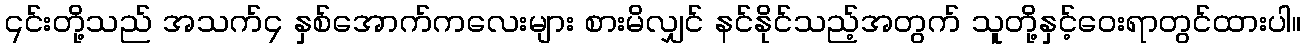
၎င်းတို့သည် အသက်၄ နှစ်အောက်ကလေးများ စားမိလျှင် နင်နိုင်သည့်အတွက် သူတို့နှင့်ဝေးရာတွင်ထားပါ။